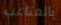
بالمتاعب